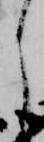
し